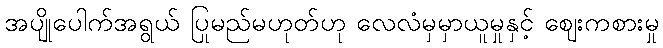
အပျိုပေါက်အရွယ် ပြုမည်မဟုတ်ဟု လေလံမှမှာယူမှုနှင့် ဈေးကစားမှု